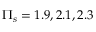
\Pi _ { s } = 1 . 9 , 2 . 1 , 2 . 3